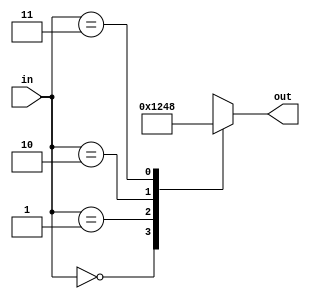
module Decode24(out, in);
input [1:0] in;
output reg [3:0] out;
wire [1:0] in;

always @ (in) begin
case (in)

0: out = 1;
1: out = 2;
2: out = 4;
3: out= 8;
endcase 
end

endmodule